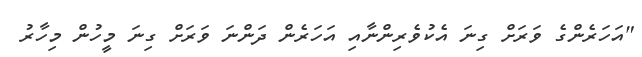
"އަހަރެންގެ ވަރަށް ގިނަ އެކުވެރިންނާއި އަހަރެން ދަންނަ ވަރަށް ގިނަ މީހުން މިހާރު